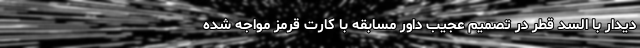
دیدار با السد قطر در تصمیم عجیب داور مسابقه با کارت قرمز مواجه شده